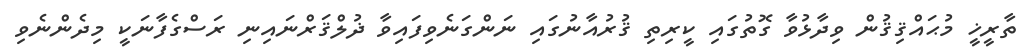
ތާރީޚީ މުޙައްޤިޤުން ވިދާޅުވާ ގޮތުގައި ކީރިތި ޤުރުއާނުގައި ނަންގަނެވިފައިވާ ޛުލްޤަރްނައިނި ރަސްގެފާނަކީ މިދެންނެވި